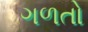
ગળતો